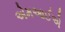
એમઆઈએ